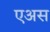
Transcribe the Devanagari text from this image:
एअस